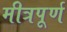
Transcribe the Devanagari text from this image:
मीत्रपूर्ण